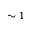
\sim 1